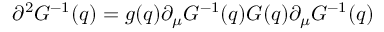
\partial ^ { 2 } G ^ { - 1 } ( q ) = g ( q ) \partial _ { \mu } G ^ { - 1 } ( q ) G ( q ) \partial _ { \mu } G ^ { - 1 } ( q )